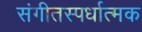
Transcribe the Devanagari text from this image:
संगीतस्पर्धात्मक